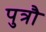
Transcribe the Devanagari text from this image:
पुत्रौ